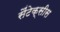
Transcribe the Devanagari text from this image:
सैंटेक्सीस